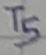
Text: T5